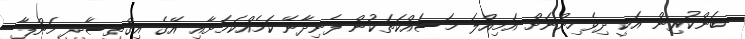
ބަންކުރިން އަކީ ދިވެހިންނަށް އަމިއްލަ މަސައްކަތަކުން ފެނިދާނޭ ކަމެއްކަމަށާއި އޭގެ އިގްތިސާދީ މަންފާ